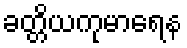
ခတ္တိယကုမာရေန